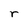
Character: r